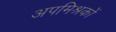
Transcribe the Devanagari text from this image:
अपमिश्रकों